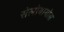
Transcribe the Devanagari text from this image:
सेलोबायोस